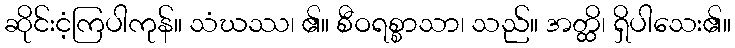
ဆိုင်းငံ့ကြပါကုန်။ သံဃဿ၊ ၏။ စီဝရစ္စာသာ၊ သည်။ အတ္ထိ၊ ရှိပါသေး၏။